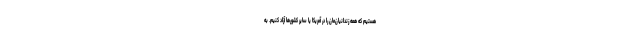
هستیم که همه زندانیان‌مان را در آمریکا یا سایر کشورها آزاد کنیم. به